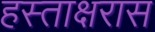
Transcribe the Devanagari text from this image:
हस्ताक्षरास